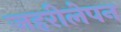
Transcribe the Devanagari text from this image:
जहरीलेपन